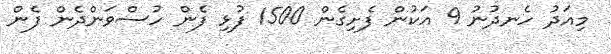
މިއަދު ހެނދުނު 9 އަކުން ފެށިގެން 1500 ފުޅި ފެން ހުސްވަންދެން ފެން